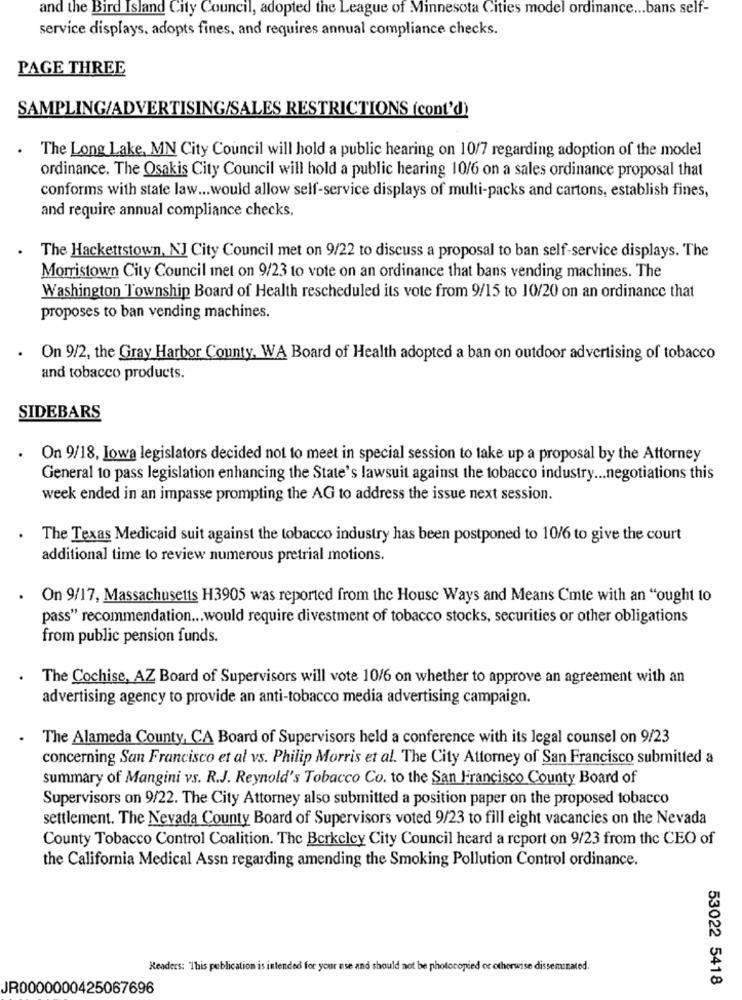
and the Bird Island City Council, adopted the League of Minnesota Cities model ordinance ... bans self-
service displays, adopts fines, and requires annual compliance checks.
PAGE THREE
SAMPLING/ADVERTISING/SALES RESTRICTIONS (cont'd)
The Long Lake, MN City Council will hold a public hearing on 10/7 regarding adoption of the model
ordinance. The Osakis City Council will hold a public hearing 10/6 on a sales ordinance proposal that
conforms with state law ... would allow self-service displays of multi-packs and cartons, establish fines,
and require annual compliance checks,
The Hackettstown, NJ City Council met on 9/22 to discuss a proposal to ban self-service displays. The
Morristown City Council met on 9/23 to vote on an ordinance that bans vending machines. The
Washington Township Board of Health rescheduled its vote from 9/15 to 10/20 on an ordinance that
proposes to ban vending machines.
On 9/2, the Gray Harbor County, WA Board of Health adopted a ban on outdoor advertising of tobacco
and tobacco products.
SIDEBARS
On 9/18, Iowa legislators decided not to meet in special session to take up a proposal by the Attorney
General to pass legislation enhancing the State's lawsuit against the tobacco industry ... negotiations this
week ended in an impasse prompting the AG to address the issue next session.
The Texas Medicaid suit against the tobacco industry has been postponed to 10/6 to give the court
additional time to review numerous pretrial motions.
On 9/17, Massachusetts H3905 was reported from the House Ways and Means Cmte with an "ought to
pass" recommendation ... would require divestment of tobacco stocks, securities or other obligations
from public pension funds.
The Cochise, AZ Board of Supervisors will vote 10/6 on whether to approve an agreement with an
advertising agency to provide an anti-tobacco media advertising campaign.
The Alameda County, CA Board of Supervisors held a conference with its legal counsel on 9/23
concerning San Francisco et al vs. Philip Morris et al. The City Attorney of San Francisco submitted a
summary of Mangini vs. R.J. Reynold's Tobacco Co. to the San Francisco County Board of
Supervisors on 9/22. The City Attorney also submitted a position paper on the proposed tobacco
settlement. The Nevada County Board of Supervisors voted 9/23 to fill eight vacancies on the Nevada
County Tobacco Control Coalition. The Berkeley City Council heard a report on 9/23 from the CEO of
the California Medical Assn regarding amending the Smoking Pollution Control ordinance.
Readers: "This publication is intended for your ase and should not be photocopied or otherwise disseminated.
53022 5418
JR0000000425067696